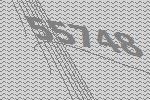
55748